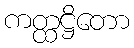
ကတ္ထဋ္ဌိတော